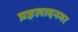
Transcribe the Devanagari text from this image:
प्रहलादनगर